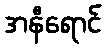
အနီရောင်